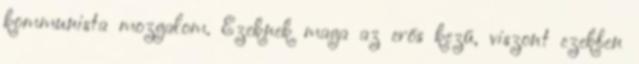
kommunista mozgalom. Ezeknek maga az erős kezű, viszont ezekben